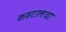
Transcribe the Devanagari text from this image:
कवटालथा